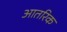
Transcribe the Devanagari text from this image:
आतरिक